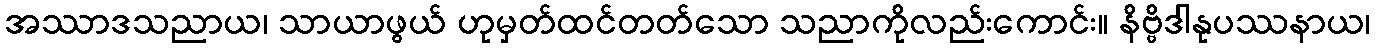
အဿာဒသညာယ၊ သာယာဖွယ် ဟုမှတ်ထင်တတ်သော သညာကိုလည်းကောင်း။ နိဗ္ဗိဒါနုပဿနာယ၊